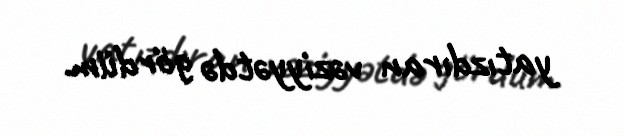
yatızdıran vəziyyətdə gördüm.